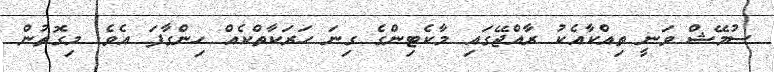
ސުމޭޝް ވަނީ ތިއްކާއެކު ރާއްޖޭގައި މާކެޓިންގެ ގިނަ ހަރަކާތްކެއް ހިންގާފަ އެވެ. މިގޮތުން